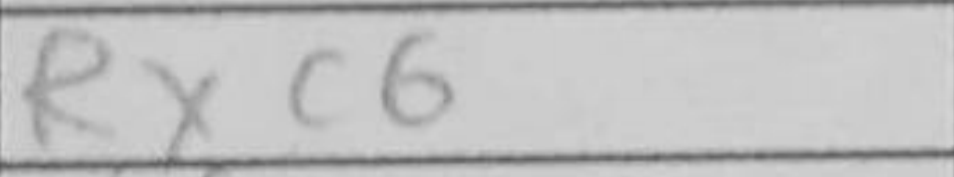
Transcription: Rxc6